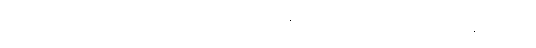
၉-ရက်သား အရွယ်မှာ သူ့မိခင်က ကုန်ပြီး နမ်းလိုက်တဲ့အခါ ဆံထုံးနဲ့ ပန်းကုံးကြီး